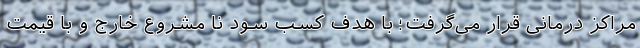
مراکز درمانی قرار می‌گرفت؛ با هدف کسب سود نا مشروع خارج و با قیمت‌